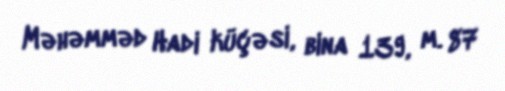
Məhəmməd Hadi küçəsi, bina 139, m. 87